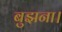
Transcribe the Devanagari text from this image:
बुझना।